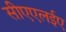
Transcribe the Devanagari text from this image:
सीएएलईए